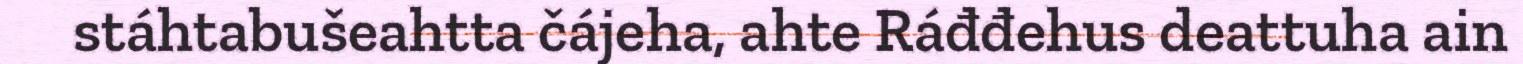
stáhtabušeahtta čájeha, ahte Ráđđehus deattuha ain